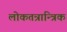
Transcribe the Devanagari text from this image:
लोकतन्रान्त्रिक